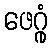
ဖေဂ္ဂုံ